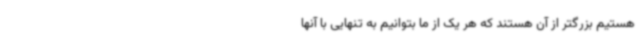
هستیم بزرگتر از آن هستند که هر یک از ما بتوانیم به تنهایی با آنها